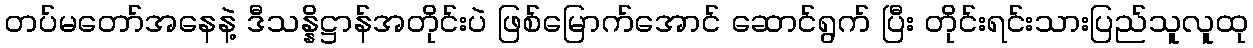
တပ်မတော်အနေနဲ့ ဒီသန္နိဋ္ဌာန်အတိုင်းပဲ ဖြစ်မြောက်အောင် ဆောင်ရွက် ပြီး တိုင်းရင်းသားပြည်သူလူထု